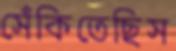
সেঁকিতেছিস